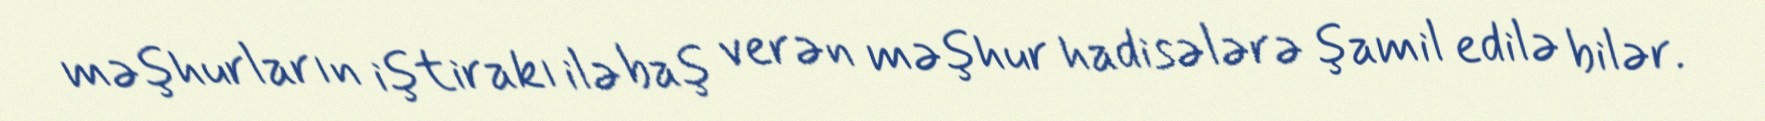
məşhurların iştirakı ilə baş verən məşhur hadisələrə şamil edilə bilər.